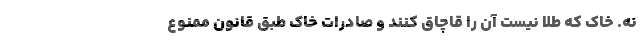
نه. خاک که طلا نیست آن را قاچاق کنند و صادرات خاک طبق قانون ممنوع